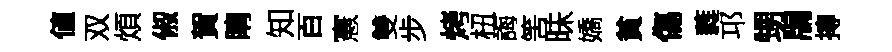
値双煩俶賀睛知百憲雙步烤杻誨筈昧嬌貧傷蕤邛甥牖摶